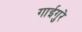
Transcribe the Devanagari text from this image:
गाईगुरे